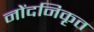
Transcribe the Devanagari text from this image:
नोंदनिकृत